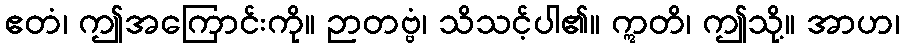
ဧတံ၊ ဤအကြောင်းကို။ ဉာတဗ္ဗံ၊ သိသင့်ပါ၏။ ဣတိ၊ ဤသို့။ အာဟ၊